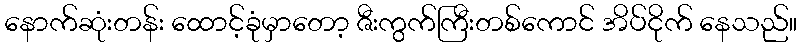
နောက်ဆုံးတန်း ထောင့်ခုံမှာတော့ ဇီးကွက်ကြီးတစ်ကောင် အိပ်ငိုက် နေသည်။